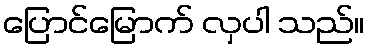
ပြောင်မြောက် လှပါ သည်။